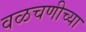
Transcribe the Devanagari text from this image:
वळचणीच्या